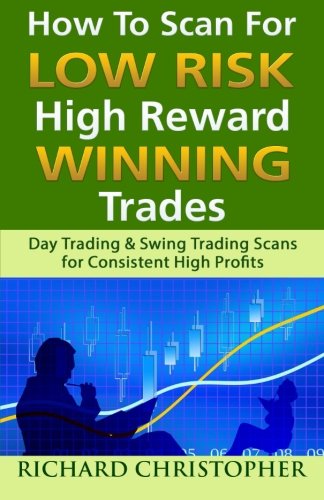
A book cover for How to Scan for Low Risk High Reward Winning Trades; Richard Christopher; Business & Money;